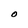
Character: O